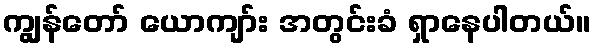
ကျွန်တော် ယောကျာ်း အတွင်းခံ ရှာနေပါတယ်။